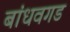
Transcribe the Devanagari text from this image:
बांधवगड